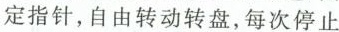
定指针，自由转动转盘，每次停止